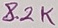
Text: 8.2K